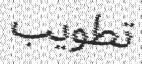
تطويب